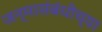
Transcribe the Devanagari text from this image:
जन्मासंबंधीच्या